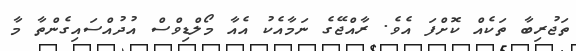
ތަޖުރިބާ ތަކެއް ކޮށްފަ އެވެ. ރާއްޖޭގެ ނަމާއެކު އެއާ މޯލްޑިވްސް އުދުއްސައިގެންތާ މާ